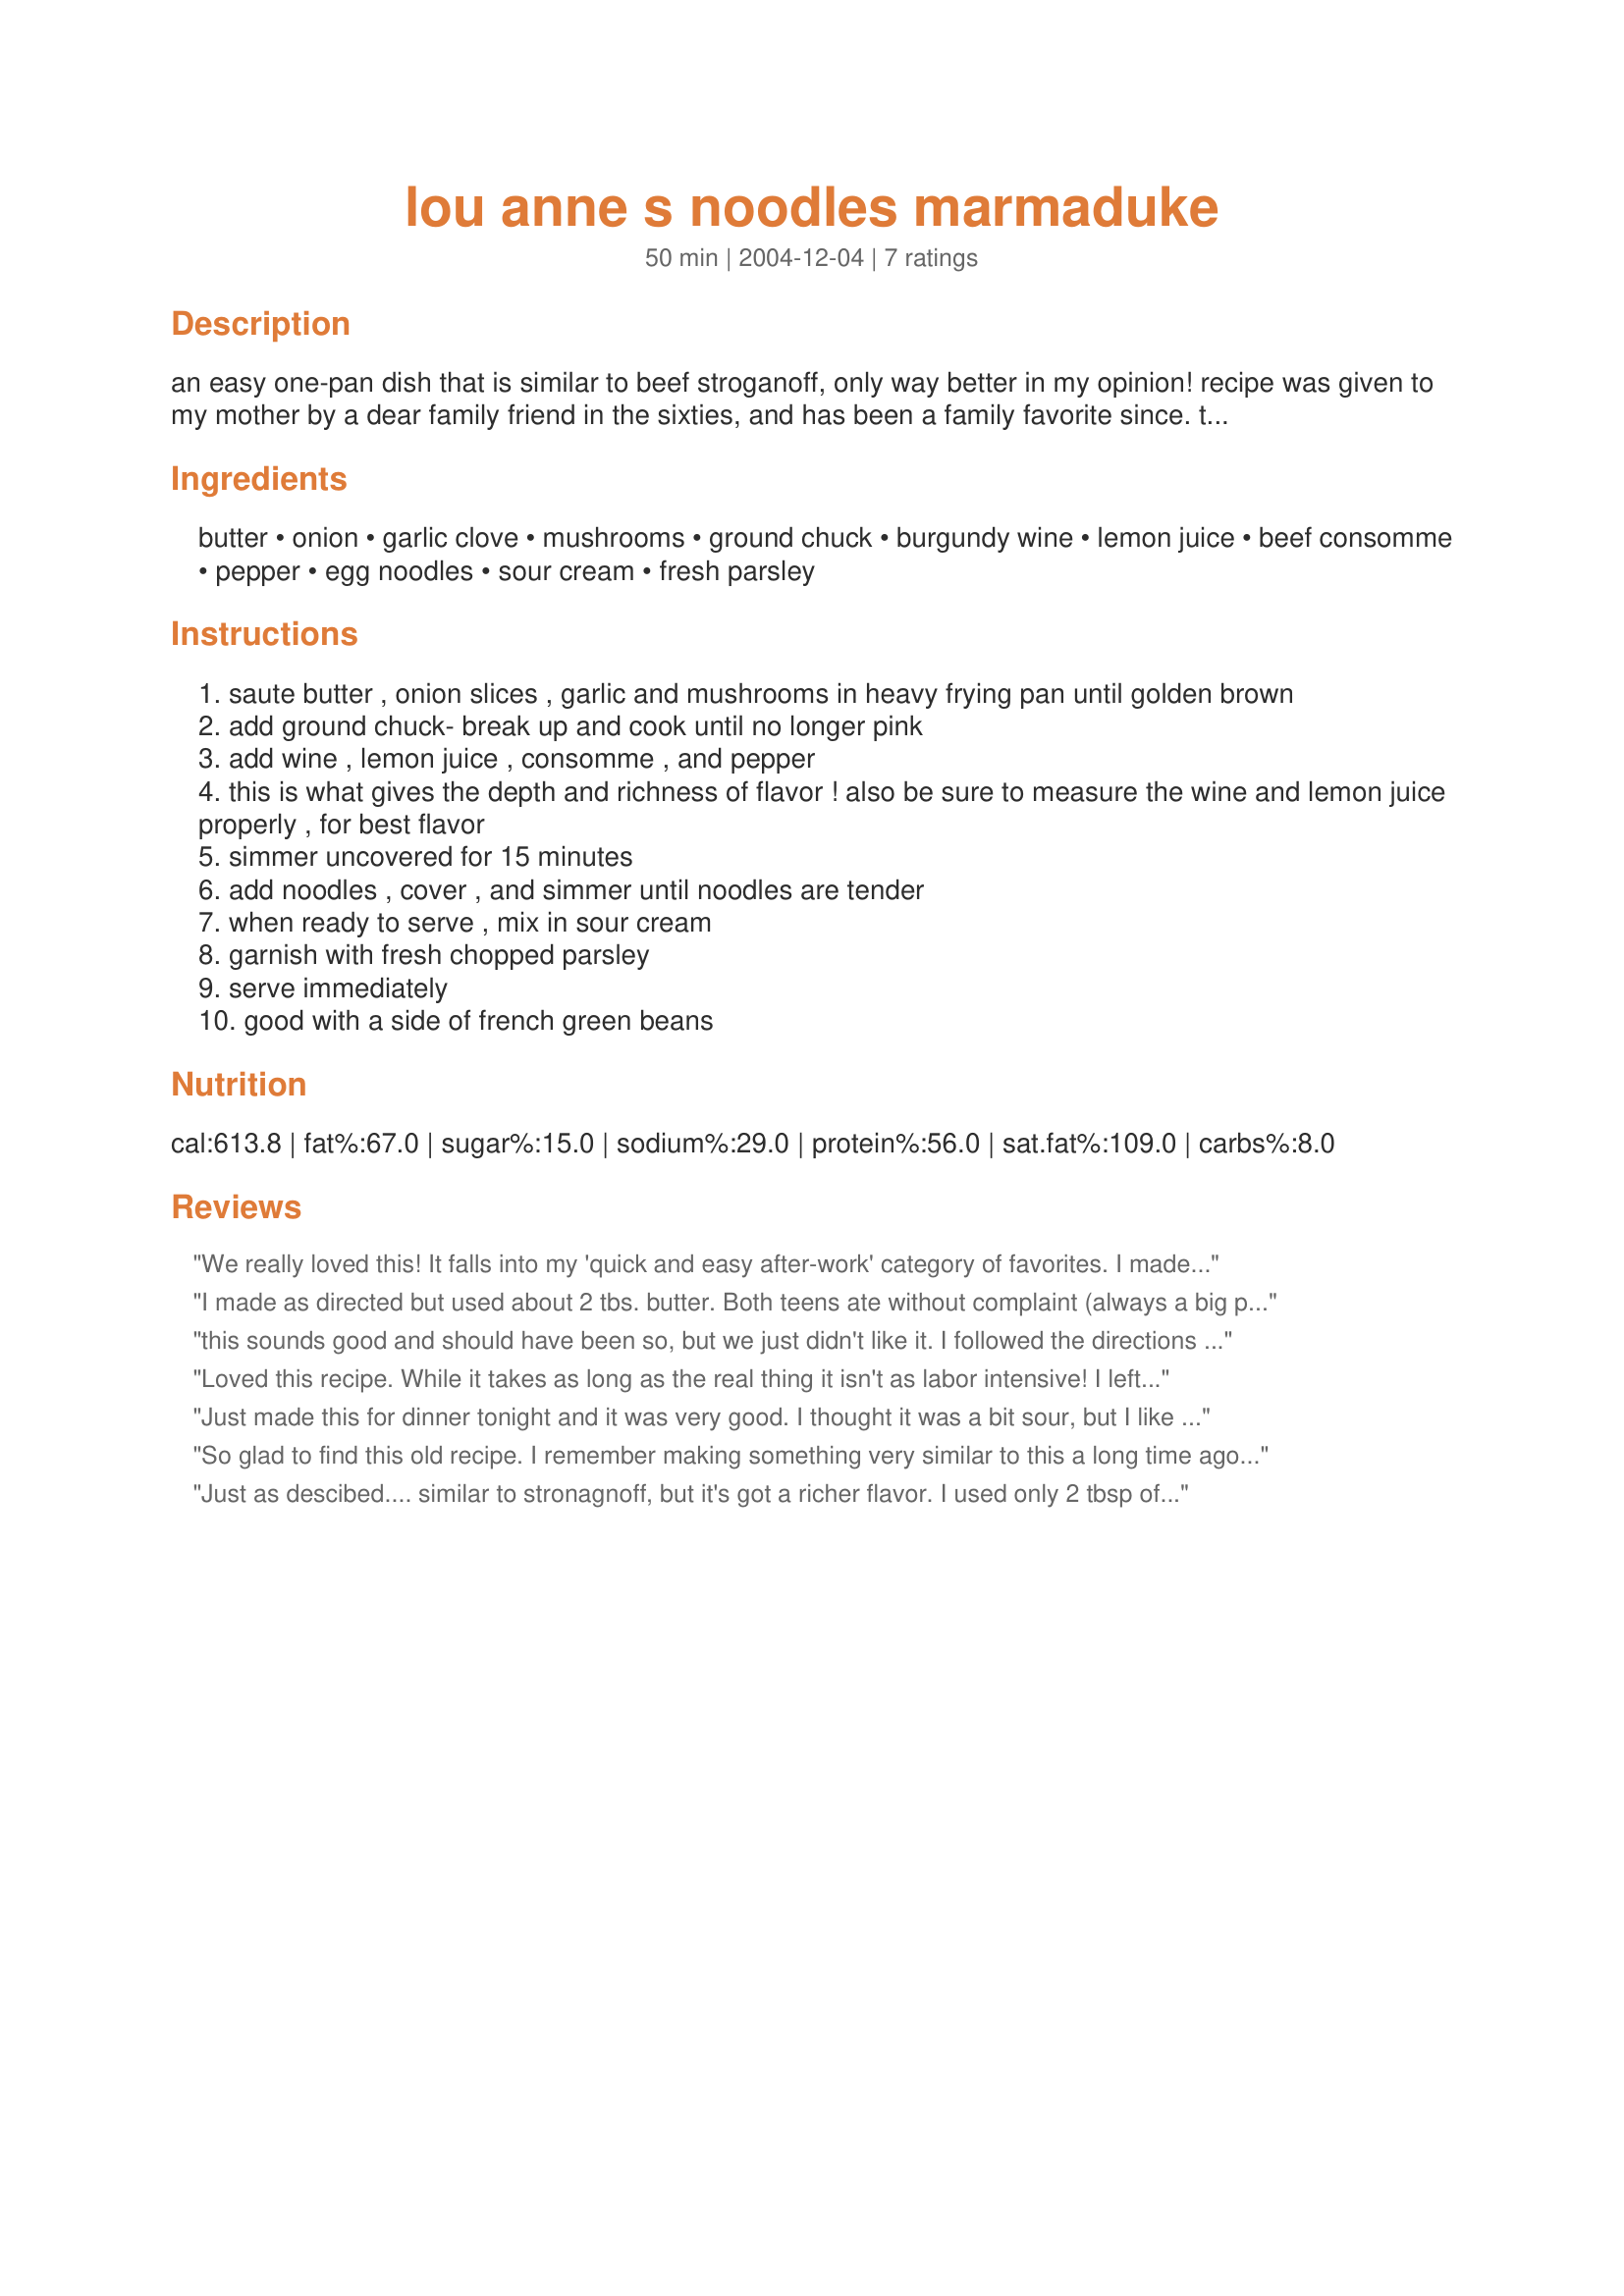
lou anne s noodles marmaduke
Preparation time: 50 minutes

an easy one-pan dish that is similar to beef stroganoff, only way better in my opinion! recipe was given to my mother by a dear family friend in the sixties, and has been a family favorite since. thanks lou anne! enjoy!

Ingredients:
butter, onion, garlic clove, mushrooms, ground chuck, burgundy wine, lemon juice, beef consomme, pepper, egg noodles, sour cream, fresh parsley

Steps:
saute butter , onion slices , garlic and mushrooms in heavy frying pan until golden brown
add ground chuck- break up and cook until no longer pink
add wine , lemon juice , consomme , and pepper
this is what gives the depth and richness of flavor ! also be sure to measure the wine and lemon juice properly , for best flavor
simmer uncovered for 15 minutes
add noodles , cover , and simmer until noodles are tender
when ready to serve , mix in sour cream
garnish with fresh chopped parsley
serve immediately
good with a side of french green beans

Reviews:
We really loved this! It falls into my 'quick and easy after-work' category of favorites. I made this using what I had on hand so I subbed a bit. I used a can of portobello mushrooms and, instead of Burgundy wine, I used Madeira. Also, I didn't have any beef consomme so I dissolved 2 beef bouillion cubes in the equivalent amount of water. I used some dried spaetzle noodles for the noodle part. We really loved this and I'll be making it again. Thanks Bec for the great recipe :)
I made as directed but used about 2 tbs. butter. Both teens ate without complaint (always a big plus!) and it reheats well. Thanks BecR, for another comforting casserole.

Roxygirl
this sounds good and should have been so, but we just didn't like it. I followed the directions to the t, but it was bland.
Loved this recipe. While it takes as long as the real thing it isn't as labor intensive! I left out the lemon juice (substituted water) and used 3 large cloves of garlic. Will make again and probably add 1 - 2 T of tomato paste to really give it a beef stroganoff flavor.

Thanks for an easy week night dinner idea!
Just made this for dinner tonight and it was very good. I thought it was a bit sour, but I like sour, and DH didn't complain. He said he liked it. I used 93% lean ground sirloin, and a large can of straw mushrooms, but I have subbed them before in other dishes, and there is no difference in the end result, I don't believe. This recipe is a bit of a stretch for 6 people, unless you have small children, or people with small appetites! I think it is more like 4 servings, but that is only my opinion. I will be making this again in the future. It sure beats the more work intensive beef stroganoff, especially when you are rushed for time. Thank you for posting, BecR.
So glad to find this old recipe. I remember making something very similar to this a long time ago. It was good then and is good now. I did lighten it up a bit with only 2 tblsp. of margarine and light sour cream. I also used about a cup of onions and a cup of fresh mushrooms. I didn't have any wine to put into it but it worked fine without it. Thanks for the walk down memory lane.
Just as descibed.... similar to stronagnoff, but it's got a richer flavor. I used only 2 tbsp of butter and I used extra lean ground sirloin. My sour cream was fat free. Even with cutting out a bit of fat, this was still rich and delicious. Plus, it's easy to make in just one pan! Thanx for shring this; it's a real keeper!
